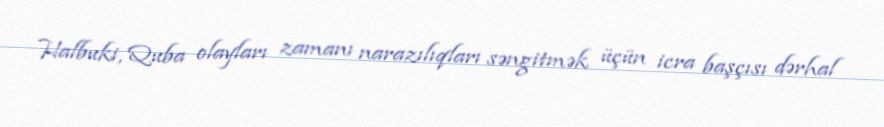
Halbuki, Quba olayları zamanı narazılıqları səngitmək üçün icra başçısı dərhal